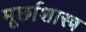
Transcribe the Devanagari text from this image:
मूर्छाशास्त्र